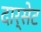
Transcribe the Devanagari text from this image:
दार्सेट